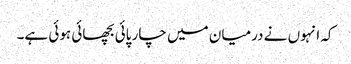
کہ انہوں نے درمیان میں چار پائی بچھائی ہوئی ہے۔